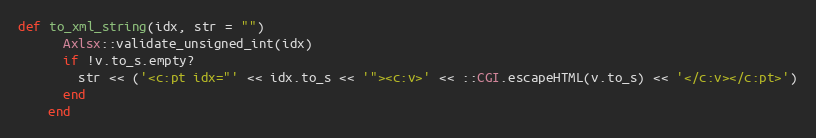
Language: Ruby
def to_xml_string(idx, str = "")
      Axlsx::validate_unsigned_int(idx)
      if !v.to_s.empty?
        str << ('<c:pt idx="' << idx.to_s << '"><c:v>' << ::CGI.escapeHTML(v.to_s) << '</c:v></c:pt>')
      end
    end